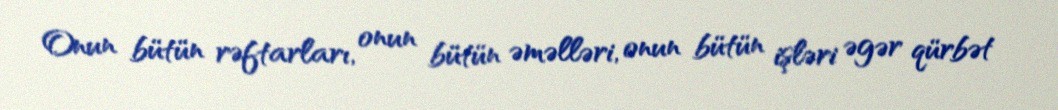
Onun bütün rəftarları, onun bütün əməlləri, onun bütün işləri əgər qürbət